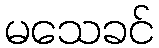
မသေခင်